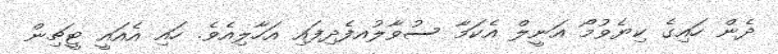
ދެން ހައިގެ ކިޔެވުމޯ އަނީލް އެކަމާ ސުވާލުއފެދިފައި އަހާލިއެވެ. ހައި އެއައީ ޓީޗިން